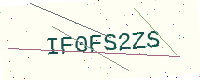
Text: IF0FS2ZS